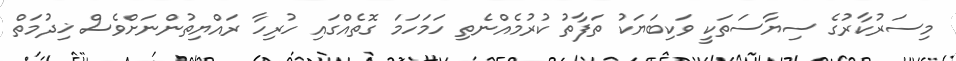
މިސަރުކާރުގެ ސިޔާސަތަކީ ވަކިބަޔަކު ތަފާތު ކުރުމެއްނެތި ހަމަހަމަ ގޮތެއްގައި ހުރިހާ ރައްޔިތުންނަށްވެސް ޚިދުމަތް